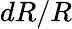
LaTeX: dR/R